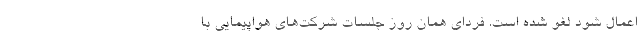
اعمال شود لغو شده است. فردای همان روز جلسات شرکت‌های هواپیمایی با